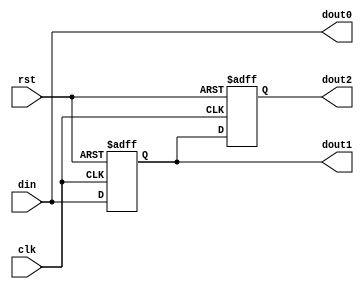
`timescale 1ns / 1ps
////////////////////////////////////////////////////////////////////////////////
// Company: 
// Engineer:
//
// Design Name:    
// Module Name:    shift_register_3
// Project Name:   
// Target Device:  
// Tool versions:  
// Description:
//
// Dependencies:
// 
// Revision:
// Revision 0.01 - File Created
// Additional Comments:
// 
////////////////////////////////////////////////////////////////////////////////
module shift_register_3(clk, din, rst, dout0, dout1, dout2);//, dout3, dout4);
    input [7:0] din;
    input rst;
	 input clk;
	 output [7:0] dout0;
    output [7:0] dout1;
    output [7:0] dout2;
//    output [7:0] dout3;
//	 output [7:0] dout4;

	 wire[7:0] dout0;
	 reg[7:0] dout1;
	 reg[7:0] dout2;
//	 reg[7:0] dout3;
//	 reg[7:0] dout4;

	 always@(posedge clk or negedge rst)
	 begin
	 	if(!rst)
		begin
			dout1<=8'bzzzzzzzz;
			dout2<=8'bzzzzzzzz;
//			dout3<=8'bzzzzzzzz;
//			dout4<=8'bzzzzzzzz;
		end
		else
		begin
			dout1<=din;
			dout2<=dout1;
//			dout3<=dout2;
//			dout4<=dout3;
		end
	 end

	 assign dout0=din;

endmodule